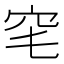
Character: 𥤭